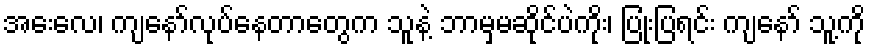
အေးလေ၊ ကျနော်လုပ်နေတာတွေက သူနဲ့ ဘာမှမဆိုင်ပဲကိုး၊ ပြုံးပြရင်း ကျနော် သူ့ကို